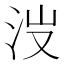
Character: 𣳒